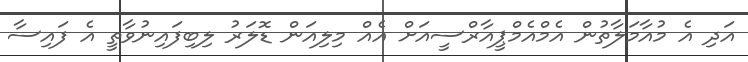
އަދި އެ މުއާމަލާތުން އެމްއެމްޕީއާރްސީއަށް އެއް މިލިއަން ޑޮލަރު ލިބިފައިނުވާތީ އެ ފައިސާ